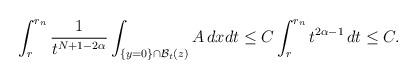
LaTeX: \begin{align*}\int_{r}^{r_n}\frac{1}{t^{N+1-2\alpha}}\int_{\{y=0\}\cap \mathcal {B}_t(z)} A\,dxdt\leq C\int_{r}^{r_n}t^{2\alpha-1}\,dt\leq C.\end{align*}